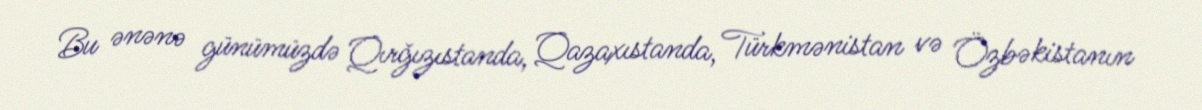
Bu ənənə günümüzdə Qırğızıstanda, Qazaxıstanda, Türkmənistan və Özbəkistanın